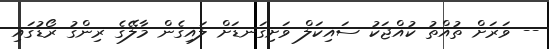
-- ވަރަށް ތުއްތު ކުއްޖަކު ސައިކަލް ވަށިގަނޑަށް ލައިގެން މާލޭގެ ރިންގު ރޯޑުގައި